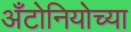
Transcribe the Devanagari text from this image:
अँटोनियोच्या